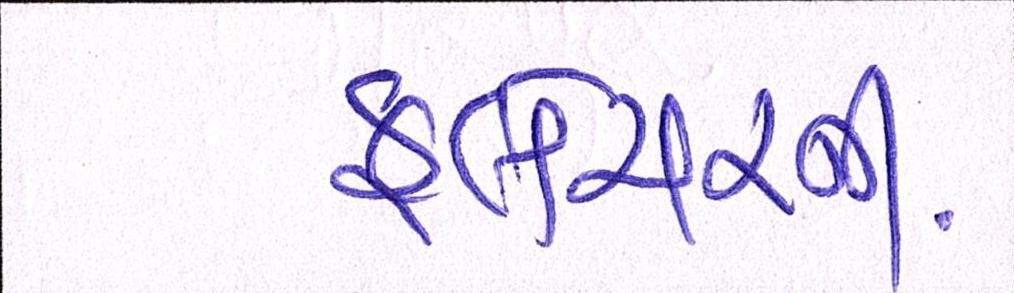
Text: ફ્લેચરની